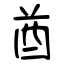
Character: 酋